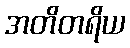
အတိတရိယ